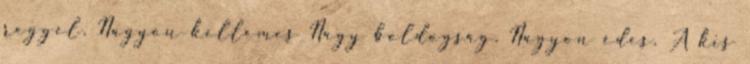
reggel. Nagyon kellemes Nagy boldogság. Nagyon édes. A kis